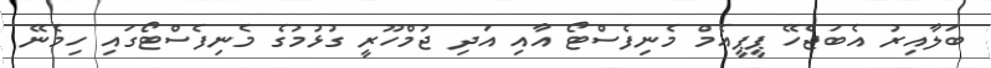
ބަލާއިރު އެބަޖެހޭ ޕީޕީއެމް މެނިފެސްޓޯ އާއި އަދި ޖުމްހޫރީ ގުޅުމުގެ މެނިފެސްޓޯގައި ހިމެނޭ